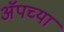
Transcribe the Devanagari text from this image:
अॅपच्या